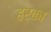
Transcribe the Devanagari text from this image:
हरका